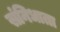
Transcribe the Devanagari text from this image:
संनिधाता